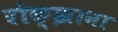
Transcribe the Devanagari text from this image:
रोक्झाना